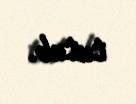
tutub.